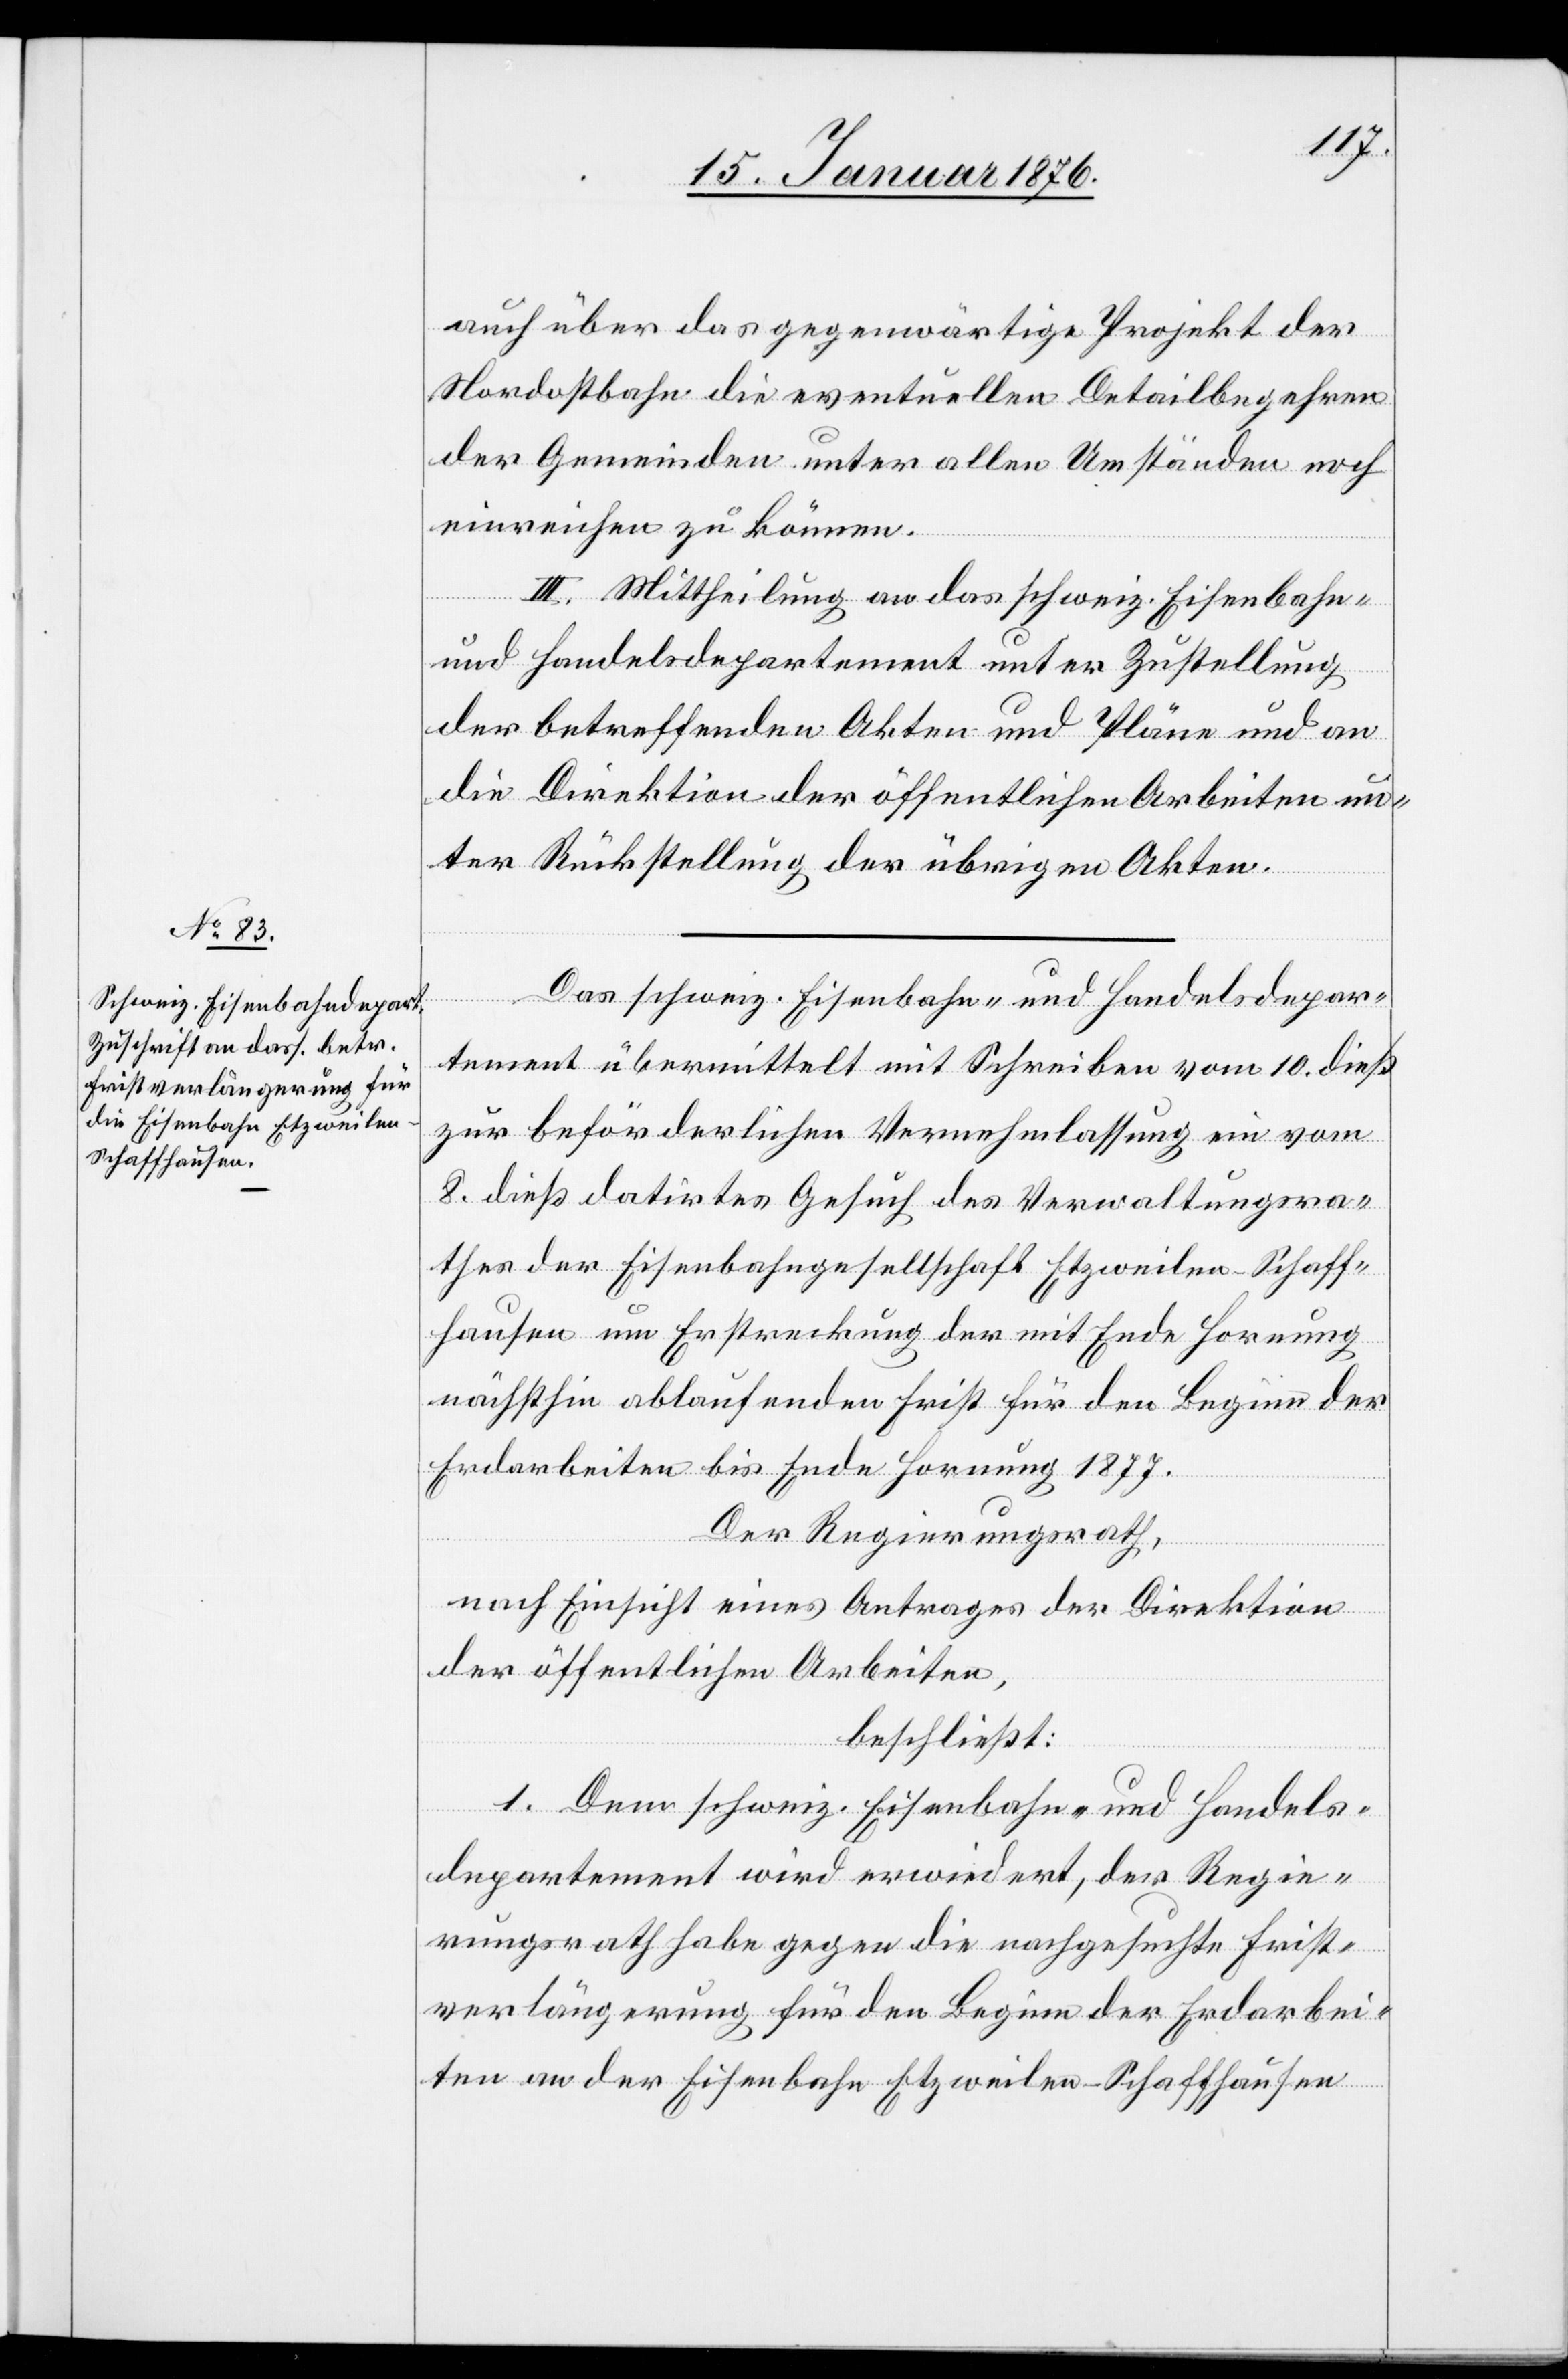
auch über das gegenwärtige Projekt der
Nordostbahn die eventuellen Detailbegehren
der Gemeinden unter allen Umständen noch
einreichen zu können.
III. Mittheilung an das schweiz. Eisenbahn-
und Handelsdepartement unter Zustellung
der betreffenden Akten und Pläne und an
die Direktion der öffentlichen Arbeiten un¬
ter Rückstellung der übrigen Akten.
Das schweiz. Eisenbahn- und Handelsdepar¬
tement übermittelt mit Schreiben vom 10. dieß
zur beförderlichen Vernehmlassung ein vom
8. dieß datirtes Gesuch des Verwaltungsra¬
thes der Eisenbahngesellschaft Etzweilen-Schaff¬
hausen um Erstreckung der mit Ende Hornung
nächsthin ablaufenden Frist für den Beginn der
Erdarbeiten bis Ende Hornung 1877.
Der Regierungsrath,
nach Einsicht eines Antrages der Direktion
der öffentlichen Arbeiten,
beschließt:
1. Dem schweiz. Eisenbahn- und Handels¬
departement wird erwiedert, der Regie¬
rungsrath habe gegen die nachgesuchte Frist¬
verlängerung für den Beginn der Erdarbei¬
ten an der Eisenbahn Etzweilen-Schaffhausen